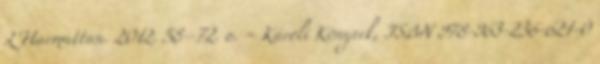
L'Harmattan. 2012. 58–72. o. = Károli Könyvek, ISBN 978-963-236-621-0